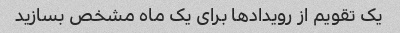
یک تقویم از رویدادها برای یک ماه مشخص بسازید